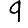
Digit: 9